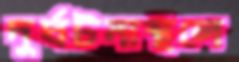
দুর্ঘটনাস্থলে